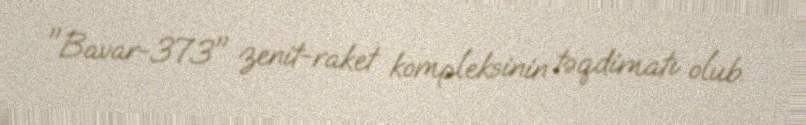
"Bavar-373" zenit-raket kompleksinin təqdimatı olub.